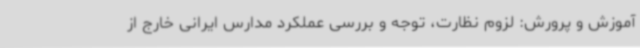
آموزش و پرورش: لزوم نظارت، توجه و بررسی عملکرد مدارس ایرانی خارج از